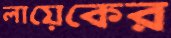
লায়েকের